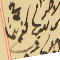
رىس ىلديه كفرشيما نعوم ديب